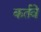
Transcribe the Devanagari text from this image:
कर्तवे